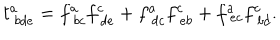
t _ { \ b d e } ^ { a } = f _ { \ b c } ^ { a } f _ { \ d e } ^ { c } + f _ { \ d c } ^ { a } f _ { \ e b } ^ { c } + f _ { \ e c } ^ { a } f _ { \ b d } ^ { c } .